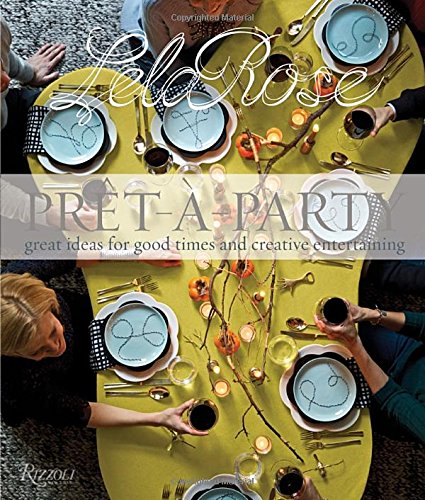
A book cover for Pret-a-Party: Great Ideas for Good Times and Creative Entertaining; Lela Rose; Humor & Entertainment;